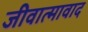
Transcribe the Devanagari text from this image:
जीवात्मावाद